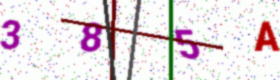
Text: 385A